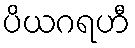
ပိယဂရဟီ